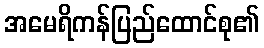
အမေရိကန်ပြည်ထောင်စု၏